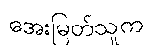
အေးမြတ်သူက